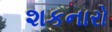
શકનારો